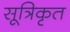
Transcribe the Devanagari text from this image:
सूत्रिकृत